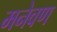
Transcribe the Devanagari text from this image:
मनेवण